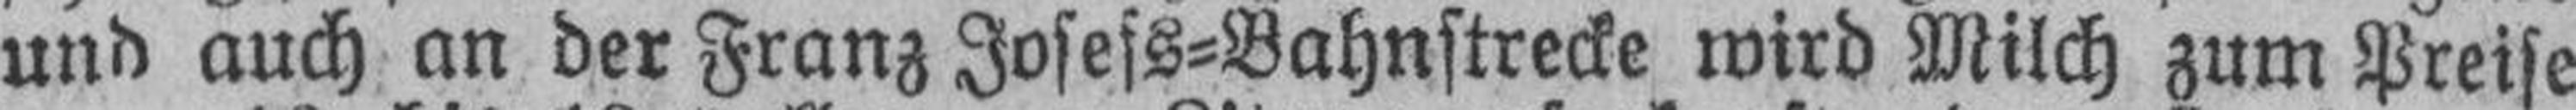
und auch an der Franz Josefs=Bahnstrecke wird Milch zum Preise